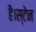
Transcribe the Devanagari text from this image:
है।स्टेन